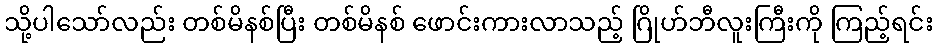
သို့ပါသော်လည်း တစ်မိနစ်ပြီး တစ်မိနစ် ဖောင်းကားလာသည့် ဂြိုဟ်ဘီလူးကြီးကို ကြည့်ရင်း